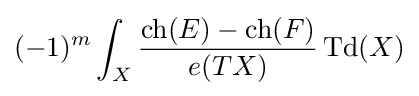
(-1)^{m}\int _{X}{\frac {\operatorname {ch} (E)-\operatorname {ch} (F)}{e(TX)}}\operatorname {Td} (X)